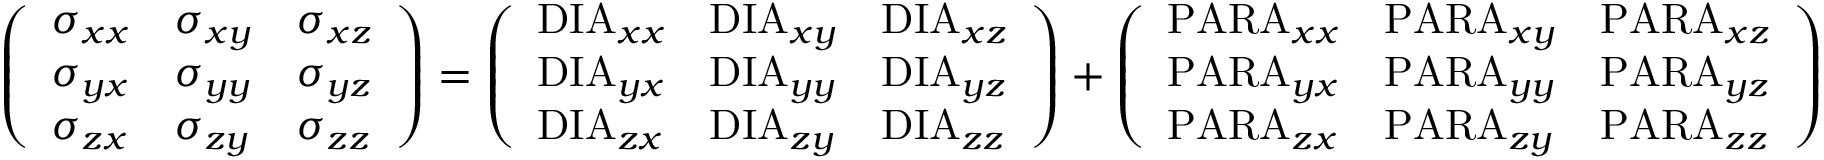
\left( \begin{array} { l l l } { \sigma _ { x x } } & { \sigma _ { x y } } & { \sigma _ { x z } } \\ { \sigma _ { y x } } & { \sigma _ { y y } } & { \sigma _ { y z } } \\ { \sigma _ { z x } } & { \sigma _ { z y } } & { \sigma _ { z z } } \end{array} \right) = \left( \begin{array} { l l l } { \mathrm { D I A } _ { x x } } & { \mathrm { D I A } _ { x y } } & { \mathrm { D I A } _ { x z } } \\ { \mathrm { D I A } _ { y x } } & { \mathrm { D I A } _ { y y } } & { \mathrm { D I A } _ { y z } } \\ { \mathrm { D I A } _ { z x } } & { \mathrm { D I A } _ { z y } } & { \mathrm { D I A } _ { z z } } \end{array} \right) + \left( \begin{array} { l l l } { \mathrm { P A R A } _ { x x } } & { \mathrm { P A R A } _ { x y } } & { \mathrm { P A R A } _ { x z } } \\ { \mathrm { P A R A } _ { y x } } & { \mathrm { P A R A } _ { y y } } & { \mathrm { P A R A } _ { y z } } \\ { \mathrm { P A R A } _ { z x } } & { \mathrm { P A R A } _ { z y } } & { \mathrm { P A R A } _ { z z } } \end{array} \right)